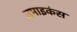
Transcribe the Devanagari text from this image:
जमाइकंस